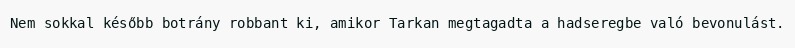
Nem sokkal később botrány robbant ki, amikor Tarkan megtagadta a hadseregbe való bevonulást.